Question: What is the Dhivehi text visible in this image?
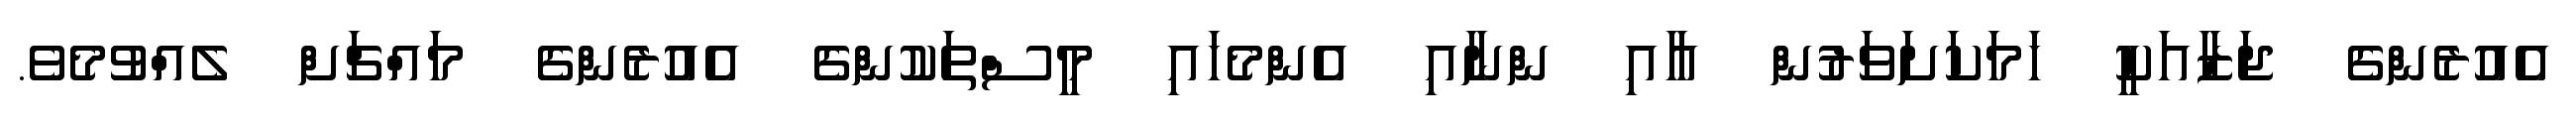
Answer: އެއުރެންގެ ޖަޒާއަކީ ހަމަކަށަވަރުން އާއި ންނާއި އެންމެހައި މީސްތަކުންގެ އެއުރެންގެ މައްޗަށް ލެއްވުމެވެ.